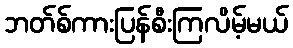
ဘတ်စ်ကားပြန်စီးကြလိမ့်မယ်